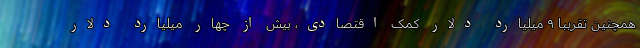
همچنین تقریبا ۹ میلیارد دلار کمک اقتصادی، بیش از چهار میلیارد دلار